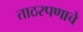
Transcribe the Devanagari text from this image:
ताठरपणाचे